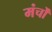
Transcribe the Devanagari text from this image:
मंर्चों